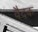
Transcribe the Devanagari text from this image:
वैदक